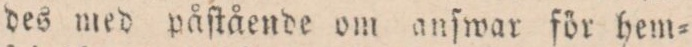
des med påſtående om anſwar för hem=